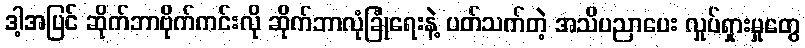
ဒါ့အပြင် ဆိုက်ဘာဗိုက်ကင်းလို ဆိုက်ဘာလုံခြုံရေးနဲ့ ပတ်သက်တဲ့ အသိပညာပေး လှုပ်ရှားမှုတွေ